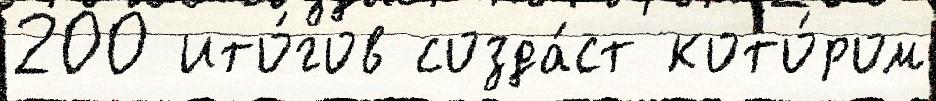
200 ито́гов созда́ст кото́ром